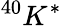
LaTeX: ^{40}K^{\ast}